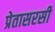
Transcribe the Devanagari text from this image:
प्रेतासरसी